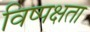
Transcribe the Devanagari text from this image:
विष्पक्षता